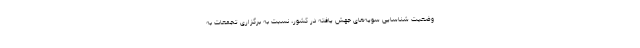
وضعیت شناسایی سویه‌های جهش یافته در کشور، نسبت به برگزاری تجمعات به